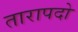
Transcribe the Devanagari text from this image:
तारापदो